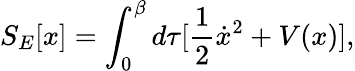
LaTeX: S_{E}[x]=\int_{0}^{\beta}d\tau[\frac{1}{2}\dot{x}^{2}+V(x)],